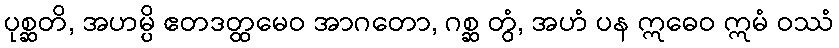
ပုစ္ဆတိ, အဟမ္ပိ ဧတဒတ္ထမေဝ အာဂတော, ဂစ္ဆ တွံ, အဟံ ပန ဣဓေဝ ဣမံ ဝဿံ